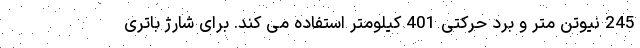
245 نیوتن متر و برد حرکتی 401 کیلومتر استفاده می کند. برای شارژ باتری